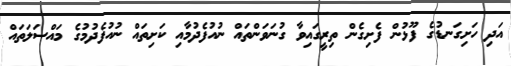
އަދި ހަށިގަނޑުގެ ފޫޅުން ފެށިގެން ތިރީގައިވާ ގުނަވަންތައް ނުއުފެދުމާއި ކަށިތައް ނުއުފެދުމުގެ މައްސަލަތައް